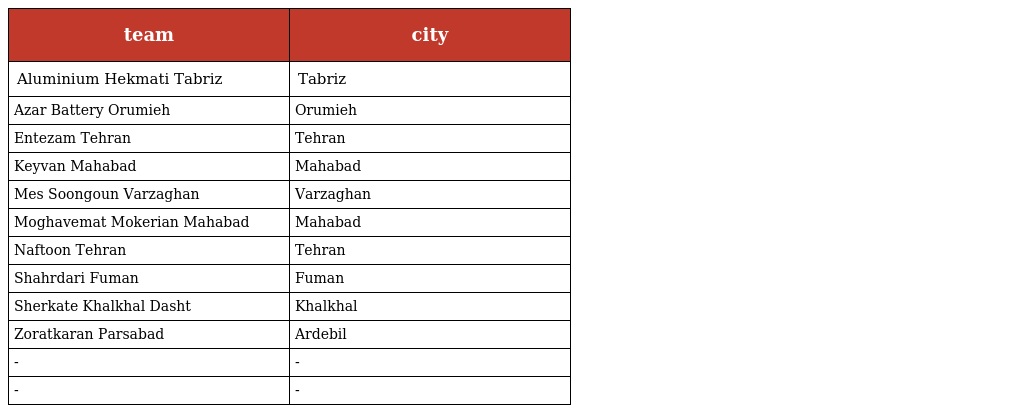
| team | city |
 | --- | --- |
 | Aluminium Hekmati Tabriz | Tabriz |
 | Azar Battery Orumieh | Orumieh |
 | Entezam Tehran | Tehran |
 | Keyvan Mahabad | Mahabad |
 | Mes Soongoun Varzaghan | Varzaghan |
 | Moghavemat Mokerian Mahabad | Mahabad |
 | Naftoon Tehran | Tehran |
 | Shahrdari Fuman | Fuman |
 | Sherkate Khalkhal Dasht | Khalkhal |
 | Zoratkaran Parsabad | Ardebil |
 | - | - |
 | - | - |